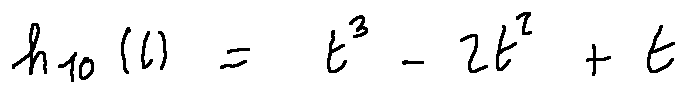
h _ { 1 0 } ( t ) = t ^ { 3 } - 2 t ^ { 2 } + t